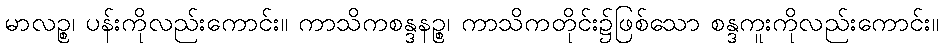
မာလဉ္စ၊ ပန်းကိုလည်းကောင်း။ ကာသိကစန္ဒနဉ္စ၊ ကာသိကတိုင်း၌ဖြစ်သော စန္ဒကူးကိုလည်းကောင်း။